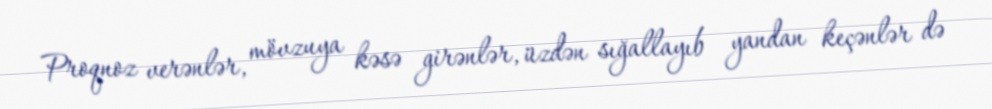
Proqnoz verənlər, mövzuya kəsə girənlər, üzdən sığallayıb yandan keçənlər də